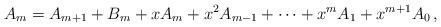
LaTeX: \begin{align*} A_m=A_{m+1}+B_m+xA_m+x^2A_{m-1}+\cdots+x^{m}A_1+x^{m+1}A_0\,,\end{align*}